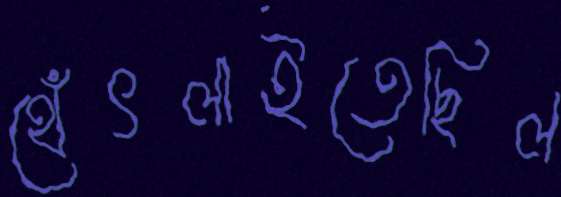
থেঁৎলাইতেছিল